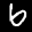
Label: 6